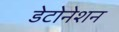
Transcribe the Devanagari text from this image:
डेटोनेशन